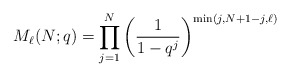
\begin{gather*}M_{\ell}(N;q)= \prod_{j=1}^{N} \left(\frac{1}{1- q^{j}} \right)^{\min(j,N+1-j,\ell)}\end{gather*}